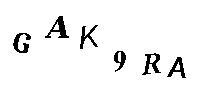
GAK9RA